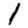
Digit: 1